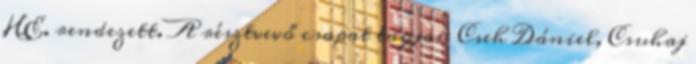
HE. rendezett. A résztvevő csapat tagjai: Cseh Dániel, Csuhaj